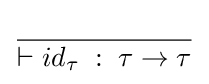
{} \over {\vdash id_{\tau }\;:\;\tau \to \tau }